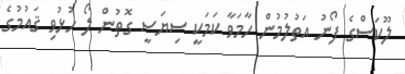
ލޫކަސްގެ ފޯނު އަތުލުމުން ހާމަވާ ކަމަކީ ސިޔަސީ ގޮތުން ލޯ ހުޅުވި ޤައުމުގެ